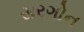
સરગોન